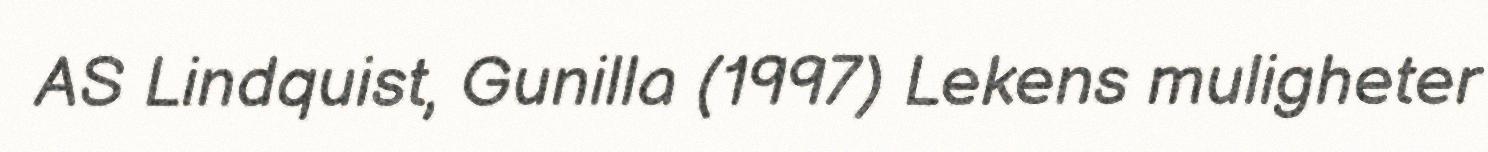
AS Lindquist, Gunilla (1997) Lekens muligheter